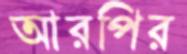
আরপির